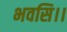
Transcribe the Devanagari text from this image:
भवसि।।